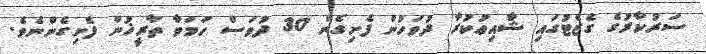
ސަރުކާރުގެ ގެޒެޓުގައި ޝާއިޢުކުރާ ދުވަހުން ފެށިގެން 30 ދުވަސް ހަމަވާ ތާރީޚުން ފެށިގެންނެވެ.